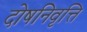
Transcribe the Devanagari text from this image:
दोषनिवृत्ति